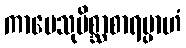
ကာမေသုမိစ္ဆာစာရမ္ပာဟံ